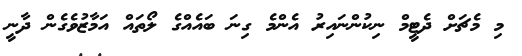
މި މެޗަށް ދެޓީމް ނިކުންނައިރު އެންމެ ގިނަ ބައެއްގެ ލޯތައް އަމާޒުވެގެން ދާނީ